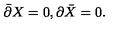
\bar { \partial } X = 0 , \partial \bar { X } = 0 .